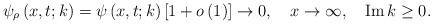
LaTeX: \begin{align*}\psi_{\rho}\left( x,t;k\right) =\psi\left( x,t;k\right) \left[ 1+o\left(1\right) \right] \rightarrow0,\ \ \ x\rightarrow\infty,\ \ \ \operatorname{Im}k\geq0. \end{align*}